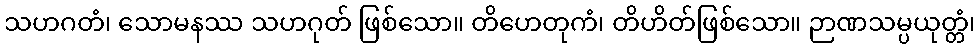
သဟဂတံ၊ သောမနဿ သဟဂုတ် ဖြစ်သော။ တိဟေတုကံ၊ တိဟိတ်ဖြစ်သော။ ဉာဏသမ္ပယုတ္တံ၊